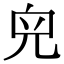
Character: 𠒇